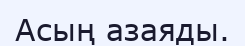
Асың азаяды.